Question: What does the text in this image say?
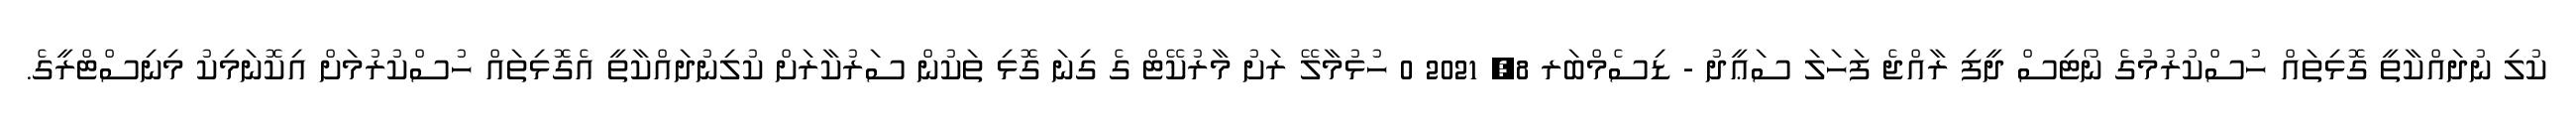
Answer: ކުލި ނުދައްކާތީ ގޮޅިތައް ހުސްކުރުމުގެ ނޯޓިސް ދީފި ރާއްޖެ ފަހަލަ ސަޢީދު - ޑިސެމްބަރ 8, 2021 0 ހުޅުމާލޭ ރަށު މާރުކޭޓް ގެ ގިނަ ގޮޅި ތަކުން ސަރުކާރަށް ކުލިނުދައްކާތީ އެގޮޅިތައް ހުސްކުރުމަށް އިކޮނަމިކު މިނިސްޓްރީގެ.